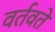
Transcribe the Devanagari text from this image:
वर्तवते